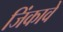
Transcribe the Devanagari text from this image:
जिंकावे